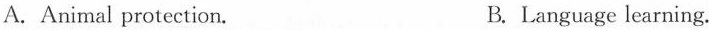
A.Animal protection. B. Language learning.